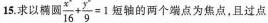
15.求以椭圆$$\frac { x ^ { & } } { 1 6 } + \frac { y ^ { & } } { 9 } = 1$$ 短轴的两个端点为焦点，且过点